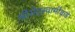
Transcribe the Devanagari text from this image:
श्रीसेतूस्वामींकडे